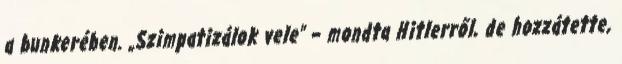
a bunkerében. „Szimpatizálok vele” – mondta Hitlerről, de hozzátette,